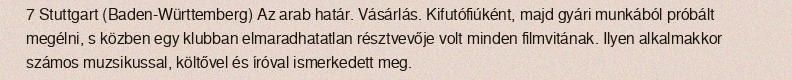
7 Stuttgart (Baden-Württemberg) Az arab határ. Vásárlás. Kifutófiúként, majd gyári munkából próbált megélni, s közben egy klubban elmaradhatatlan résztvevője volt minden filmvitának. Ilyen alkalmakkor számos muzsikussal, költővel és íróval ismerkedett meg.